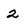
Character: 2